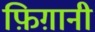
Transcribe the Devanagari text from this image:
फ़िग़ानी